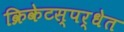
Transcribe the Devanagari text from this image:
क्रिकेटस्पर्धेत